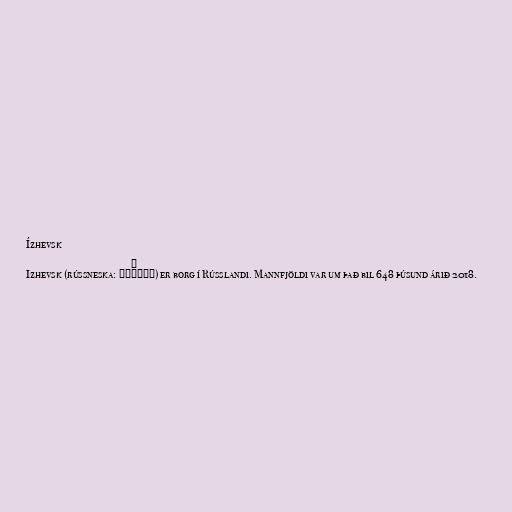
Ízhevsk

Izhevsk (rússneska: Иже́вск) er borg í Rússlandi. Mannfjöldi var um það bil 648 þúsund árið 2018.